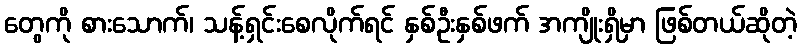
တွေကို စားသောက်၊ သန့်ရှင်းစေလိုက်ရင် နှစ်ဦးနှစ်ဖက် အကျိုးရှိမှာ ဖြစ်တယ်ဆိုတဲ့